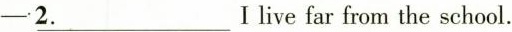
-\underline {2.} I live far from the school.